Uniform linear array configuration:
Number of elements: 48
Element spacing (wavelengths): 1
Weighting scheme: hann
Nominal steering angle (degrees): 60
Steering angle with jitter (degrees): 59.536
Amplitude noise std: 0.05
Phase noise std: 0.05

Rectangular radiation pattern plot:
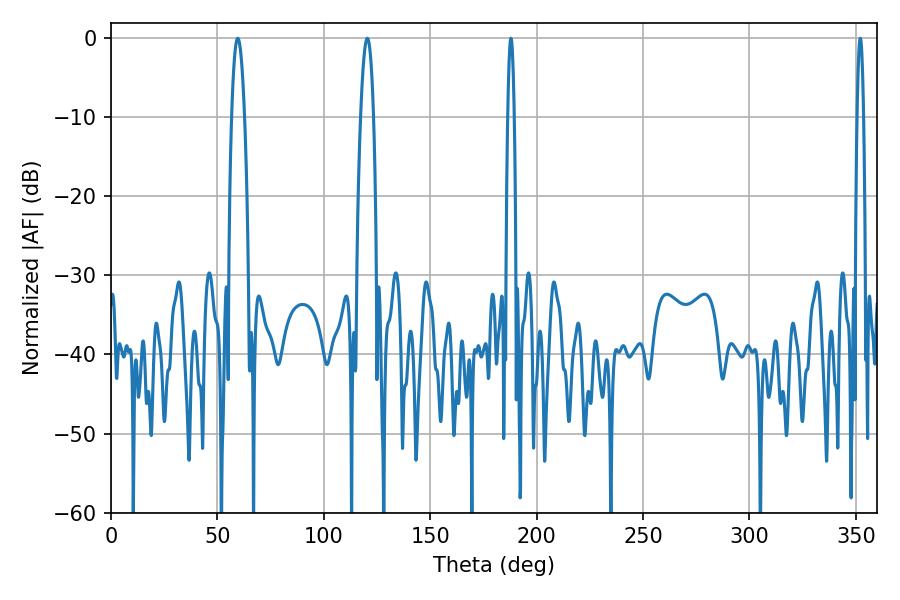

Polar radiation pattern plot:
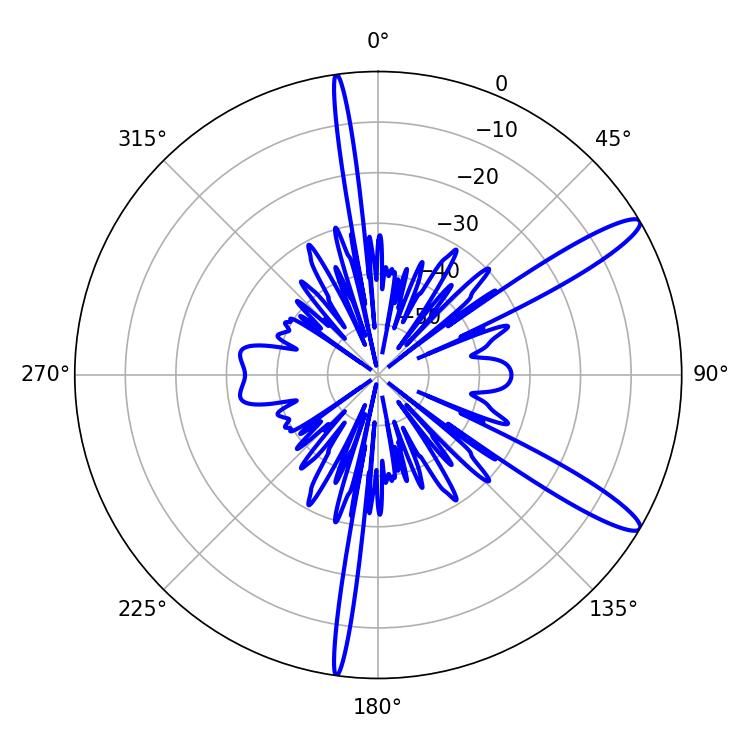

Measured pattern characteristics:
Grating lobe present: TRUE
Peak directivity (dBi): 12.983
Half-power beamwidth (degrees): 1.44
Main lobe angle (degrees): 187.92